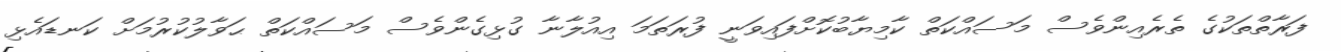
ފަރާތްތަކުގެ ތެރެއިންވެސް މަސައްކަތް ކާމިޔާބުކޮށްފައިވަނީ ފުރަތަމަ އިއުލާނާ ގުޅިގެންވެސް މަސައްކަތް ޙަވާލުކުރުމަށް ކަނޑައެޅި